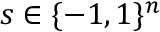
s \in \{ - 1 , 1 \} ^ { n }